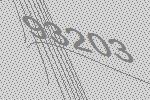
93203